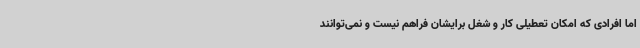
اما افرادی که امکان تعطیلی کار و شغل برایشان فراهم نیست و نمی‌توانند